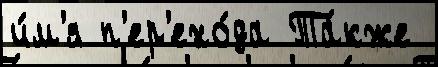
и́м'я п'ер'ехо́да Та́кже